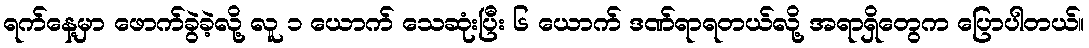
ရက်နေ့မှာ ဖောက်ခွဲခဲ့လို့ လူ ၁ ယောက် သေဆုံးပြီး ၆ ယောက် ဒဏ်ရာရတယ်လို့ အရာရှိတွေက ပြောပါတယ်။